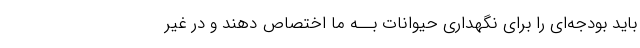
باید بودجه‌اى را براى نگهدارى حیوانات بــه ما اختصاص دهند و در غیر